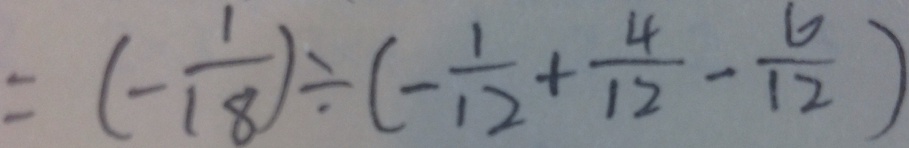
= ( - \frac { 1 } { 1 8 } ) \div ( - \frac { 1 } { 1 2 } + \frac { 4 } { 1 2 } - \frac { 6 } { 1 2 } )